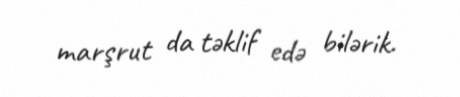
marşrut da təklif edə bilərik.